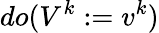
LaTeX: do(V^{k}:=v^{k})